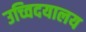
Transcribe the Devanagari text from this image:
उच्विदयालय